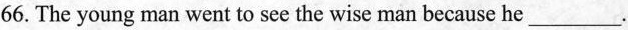
66. The young man went to see the wise man because h_________.